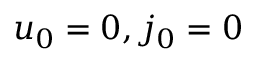
u _ { 0 } = 0 , j _ { 0 } = 0